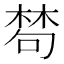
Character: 𣕽